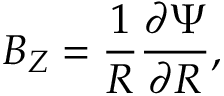
B _ { Z } = \frac { 1 } { R } \frac { \partial \Psi } { \partial R } ,